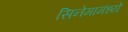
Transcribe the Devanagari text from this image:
सिनेमामंध्ये